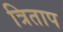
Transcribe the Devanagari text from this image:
त्रिताप